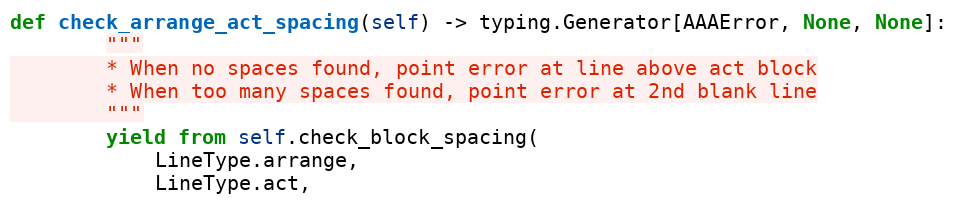
Language: Python
def check_arrange_act_spacing(self) -> typing.Generator[AAAError, None, None]:
        """
        * When no spaces found, point error at line above act block
        * When too many spaces found, point error at 2nd blank line
        """
        yield from self.check_block_spacing(
            LineType.arrange,
            LineType.act,